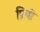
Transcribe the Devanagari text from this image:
प्रियो